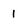
Character: I